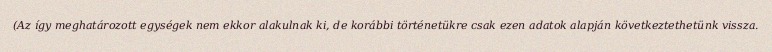
(Az így meghatározott egységek nem ekkor alakulnak ki, de korábbi történetükre csak ezen adatok alapján következtethetünk vissza.